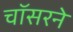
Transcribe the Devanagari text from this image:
चॉसरने